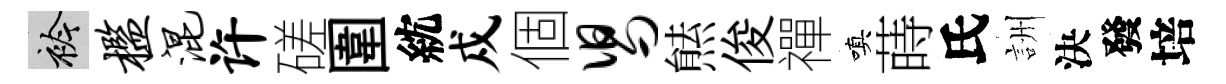
衿槛混许磋圍紞戍個舄㷱俊禪嗔蒔氏詶決發培